Tezpur Lunatic Asylum reports 1877-1894 - 1877-1894
Year: 1877
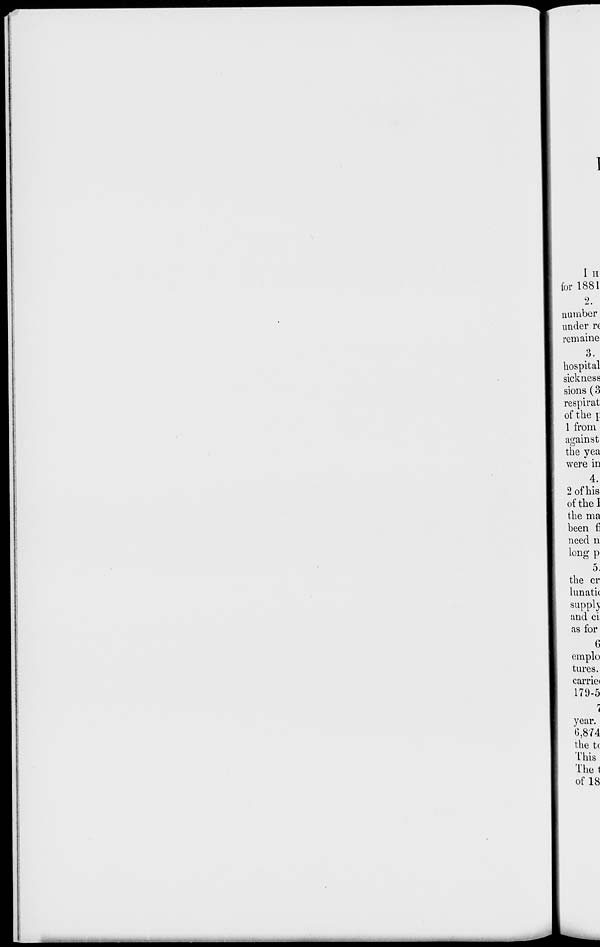
III
for 1881
2.
number
under n
remaine
3.
hospital
sickness
sions (3
respirat
of the p
1 from
against
the yea
were in
4.
2 of his
of the 1
the ma
been n
need n
long p
5.
the cr
lunatic
BUpplj
and ci
as for
G
emplo
tures.
carrie*
179-5
\
year.
6,874
the tc
This
The 1
of 18